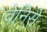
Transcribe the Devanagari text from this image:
वेनिसे